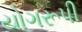
યોગરૂપી